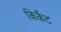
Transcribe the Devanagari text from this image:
किर्केट